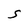
Character: S